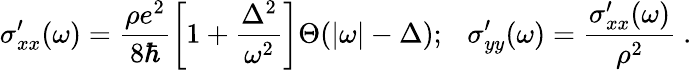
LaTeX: \sigma_{xx}^{\prime}(\omega)=\frac{\rho e^{2}}{8\hbar}\left[1+\frac{\Delta^{2}}{\omega^{2}}\right]\Theta(|\omega|-\Delta);~~~\sigma_{yy}^{\prime}(\omega)=\frac{\sigma_{xx}^{\prime}(\omega)}{\rho^{2}}\ .